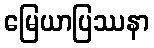
မြေယာပြဿနာ